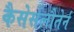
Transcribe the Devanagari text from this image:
कैसेर्सलौतेर्न